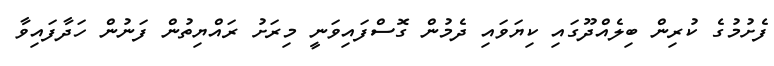
ފެށުމުގެ ކުރިން ބިލެއްދޫގައި ކިޔަވައި ދެމުން ގޮސްފައިވަނީ މިރަށު ރައްޔިތުން ފަނުން ހަދާފައިވާ